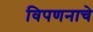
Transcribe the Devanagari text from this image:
विपणनाचे